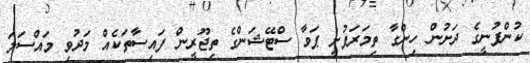
ކުންފުނީގެ ދަށުން ހިންގާ ތިމަރަފުށީ ޕަވާ ސްޓޭޝަންގެ ތިޖޫރީން ފައިސާތަކެއް މަދުވި މައްސަލަ